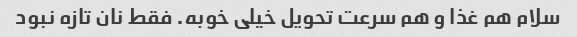
سلام هم غذا و هم سرعت تحویل خیلی خوبه. فقط نان تازه نبود